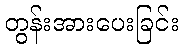
တွန်းအားပေးခြင်း